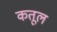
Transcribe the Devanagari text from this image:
कतूल